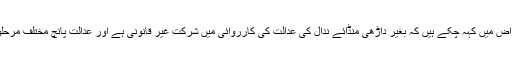
کورٹ مارشل جج، کرنل گریگری گراس اپنے نکتہٴ اعتراض میں کہہ چکے ہیں کہ بغیر داڑھی منڈائے ندال کی عدالت کی کارروائی میں شرکت غیر قانونی ہے اور عدالت پانچ مختلف مرحلوں پر ندال کو توہین عدالت کا قصور وار ٹھہرا چکی ہے۔